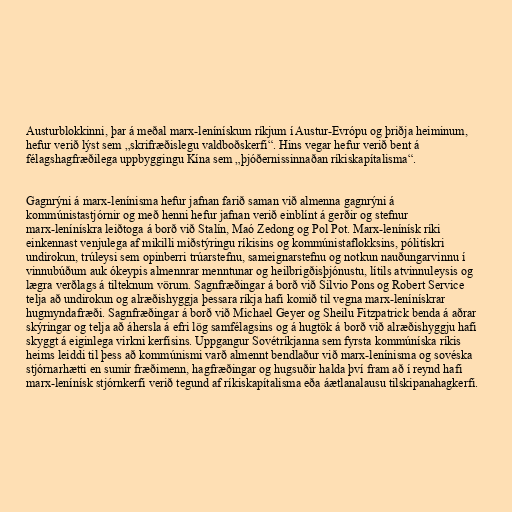
Austurblokkinni, þar á meðal marx-lenínískum ríkjum í Austur-Evrópu og þriðja heiminum,
hefur verið lýst sem „skrifræðislegu valdboðskerfi“. Hins vegar hefur verið bent á
félagshagfræðilega uppbyggingu Kína sem „þjóðernissinnaðan ríkiskapítalisma“.

Gagnrýni á marx-lenínisma hefur jafnan farið saman við almenna gagnrýni á
kommúnistastjórnir og með henni hefur jafnan verið einblínt á gerðir og stefnur
marx-lenínískra leiðtoga á borð við Stalín, Maó Zedong og Pol Pot. Marx-lenínísk ríki
einkennast venjulega af mikilli miðstýringu ríkisins og kommúnistaflokksins, pólitískri
undirokun, trúleysi sem opinberri trúarstefnu, sameignarstefnu og notkun nauðungarvinnu í
vinnubúðum auk ókeypis almennrar menntunar og heilbrigðisþjónustu, lítils atvinnuleysis og
lægra verðlags á tilteknum vörum. Sagnfræðingar á borð við Silvio Pons og Robert Service
telja að undirokun og alræðishyggja þessara ríkja hafi komið til vegna marx-lenínískrar
hugmyndafræði. Sagnfræðingar á borð við Michael Geyer og Sheilu Fitzpatrick benda á aðrar
skýringar og telja að áhersla á efri lög samfélagsins og á hugtök á borð við alræðishyggju hafi
skyggt á eiginlega virkni kerfisins. Uppgangur Sovétríkjanna sem fyrsta kommúníska ríkis
heims leiddi til þess að kommúnismi varð almennt bendlaður við marx-lenínisma og sovéska
stjórnarhætti en sumir fræðimenn, hagfræðingar og hugsuðir halda því fram að í reynd hafi
marx-lenínísk stjórnkerfi verið tegund af ríkiskapítalisma eða áætlanalausu tilskipanahagkerfi.